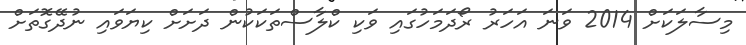
މިސާލަކަށް 2014 ވަނަ އަހަރު ރޯދަމަހުގައި ވަކި ކްލާސްތަކަކުން ދަށަށް ކިޔަވައި ނުދޭގޮތަށް